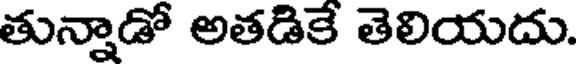
తున్నాడో అతడికే తెలియదు.